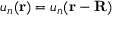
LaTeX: u _ { n } ( \mathbf { r } ) = u _ { n } ( \mathbf { r - R } )